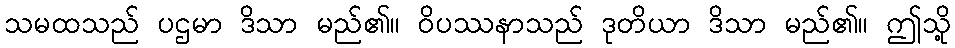
သမထသည် ပဌမာ ဒိသာ မည်၏။ ဝိပဿနာသည် ဒုတိယာ ဒိသာ မည်၏။ ဤသို့